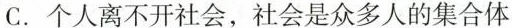
C.个人离不开社会，社会是众多人的集合体